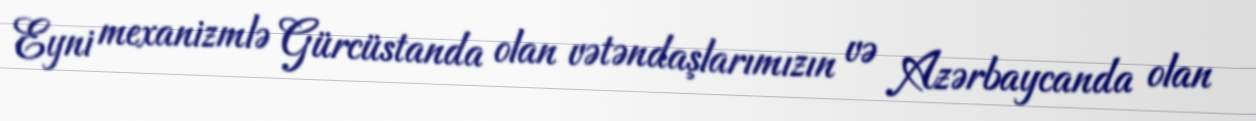
Eyni mexanizmlə Gürcüstanda olan vətəndaşlarımızın və Azərbaycanda olan